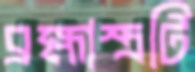
ব্রহ্মাস্ত্রটি